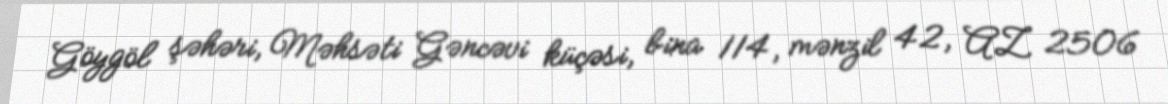
Göygöl şəhəri, Məhsəti Gəncəvi küçəsi, bina 114, mənzil 42, AZ 2506